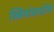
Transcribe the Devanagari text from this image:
स्त्रियांसाठीचे